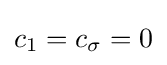
c_{1}=c_{\sigma }=0